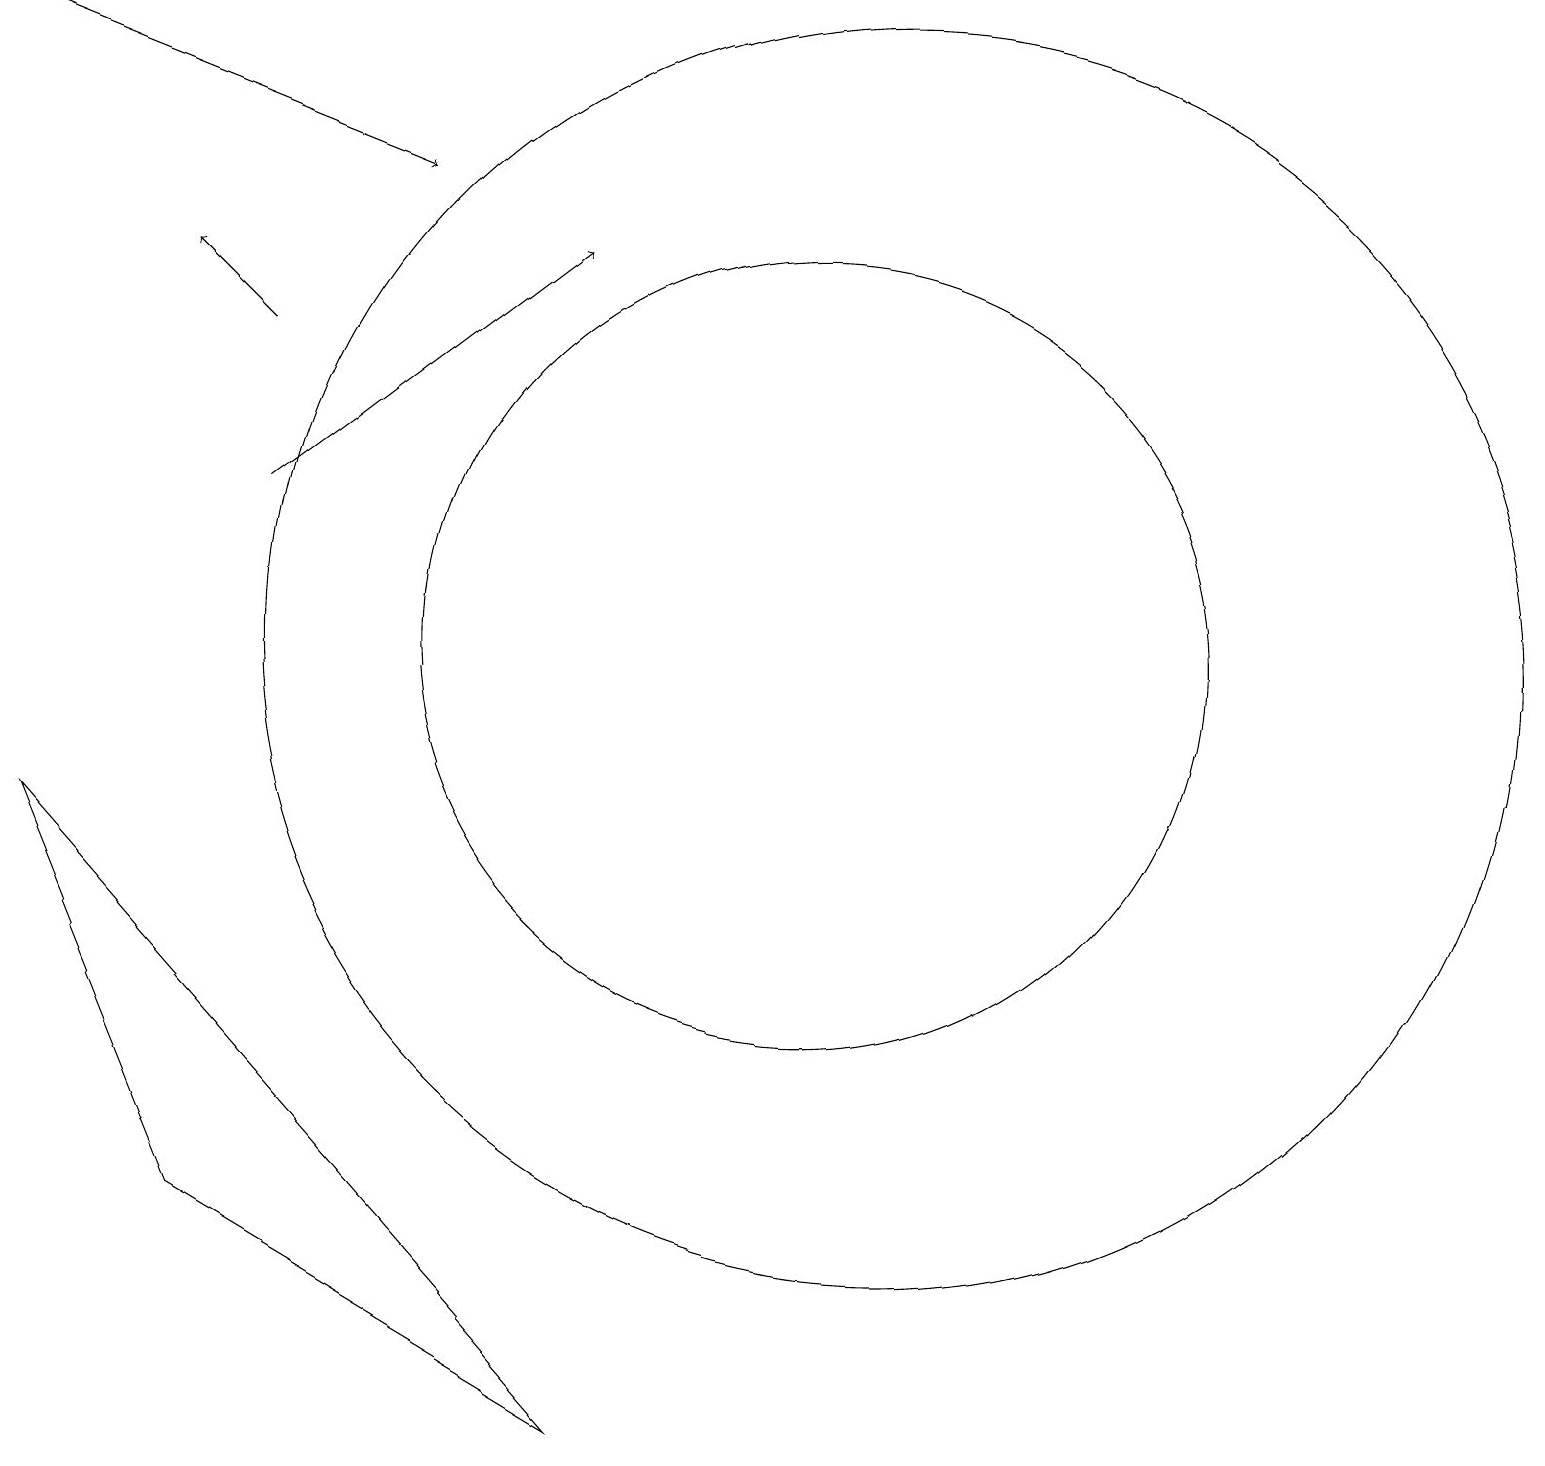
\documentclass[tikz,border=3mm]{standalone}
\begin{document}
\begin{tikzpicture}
\draw (11,11) circle (5);
\draw (12,11) circle (8);
\draw[->] (1,19) -- (6,17);
\draw[->] (4,13) -- (8,16);
\draw[->] (4,15) -- (3,16);
\draw (1,9) -- (8,1) -- (3,4) -- cycle;
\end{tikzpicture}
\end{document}